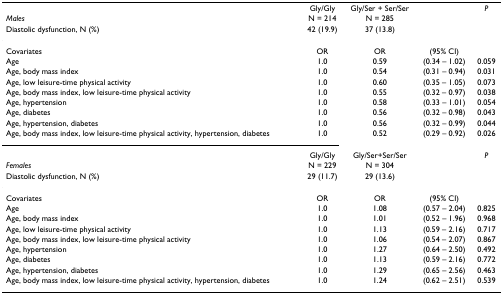
|  | Gly/Gly | Gly/Ser + Ser/Ser |  | P |
 | Males | N = 214 | N = 285 |  |  |
 | Diastolic dysfunction, N (%) | 42 (19.9) | 37 (13.8) |  |  |
 | --- | --- | --- | --- | --- |
 | Covariates | OR | OR | (95% CI) |  |
 | Age | 1.0 | 0.59 | (0.34 – 1.02) | 0.059 |
 | Age, body mass index | 1.0 | 0.54 | (0.31 – 0.94) | 0.031 |
 | Age, low leisure-time physical activity | 1.0 | 0.60 | (0.35 – 1.05) | 0.073 |
 | Age, body mass index, low leisure-time physical activity | 1.0 | 0.55 | (0.32 – 0.97) | 0.038 |
 | Age, hypertension | 1.0 | 0.58 | (0.33 – 1.01) | 0.054 |
 | Age, diabetes | 1.0 | 0.56 | (0.32 – 0.98) | 0.043 |
 | Age, hypertension, diabetes | 1.0 | 0.56 | (0.32 – 0.99) | 0.044 |
 | Age, body mass index, low leisure-time physical activity, hypertension, diabetes | 1.0 | 0.52 | (0.29 – 0.92) | 0.026 |
 |  | Gly/Gly | Gly/Ser+Ser/Ser |  | P |
 | Females | N = 229 | N = 304 |  |  |
 | Diastolic dysfunction, N (%) | 29 (11.7) | 29 (13.6) |  |  |
 | Covariates | OR | OR | (95% CI) |  |
 | Age | 1.0 | 1.08 | (0.57 – 2.04) | 0.825 |
 | Age, body mass index | 1.0 | 1.01 | (0.52 – 1.96) | 0.968 |
 | Age, low leisure-time physical activity | 1.0 | 1.13 | (0.59 – 2.16) | 0.717 |
 | Age, body mass index, low leisure-time physical activity | 1.0 | 1.06 | (0.54 – 2.07) | 0.867 |
 | Age, hypertension | 1.0 | 1.27 | (0.64 – 2.50) | 0.492 |
 | Age, diabetes | 1.0 | 1.13 | (0.59 – 2.16) | 0.772 |
 | Age, hypertension, diabetes | 1.0 | 1.29 | (0.65 – 2.56) | 0.463 |
 | Age, body mass index, low leisure-time physical activity, hypertension, diabetes | 1.0 | 1.24 | (0.62 – 2.51) | 0.539 |